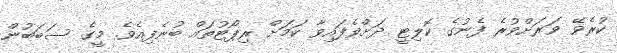
ކުރެވޭ ވަރަށްވުރެ ފެނުގެ ކޮލިޓީ ދަށްވެފައިވާ ކަމަށް ރިޕޯޓުތައް ބުނެފިއެވެ. މީގެ ސަބަބުން